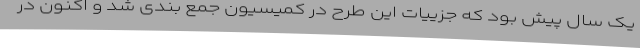
یک سال پیش بود که جزییات این طرح در کمیسیون جمع بندی شد و اکنون در